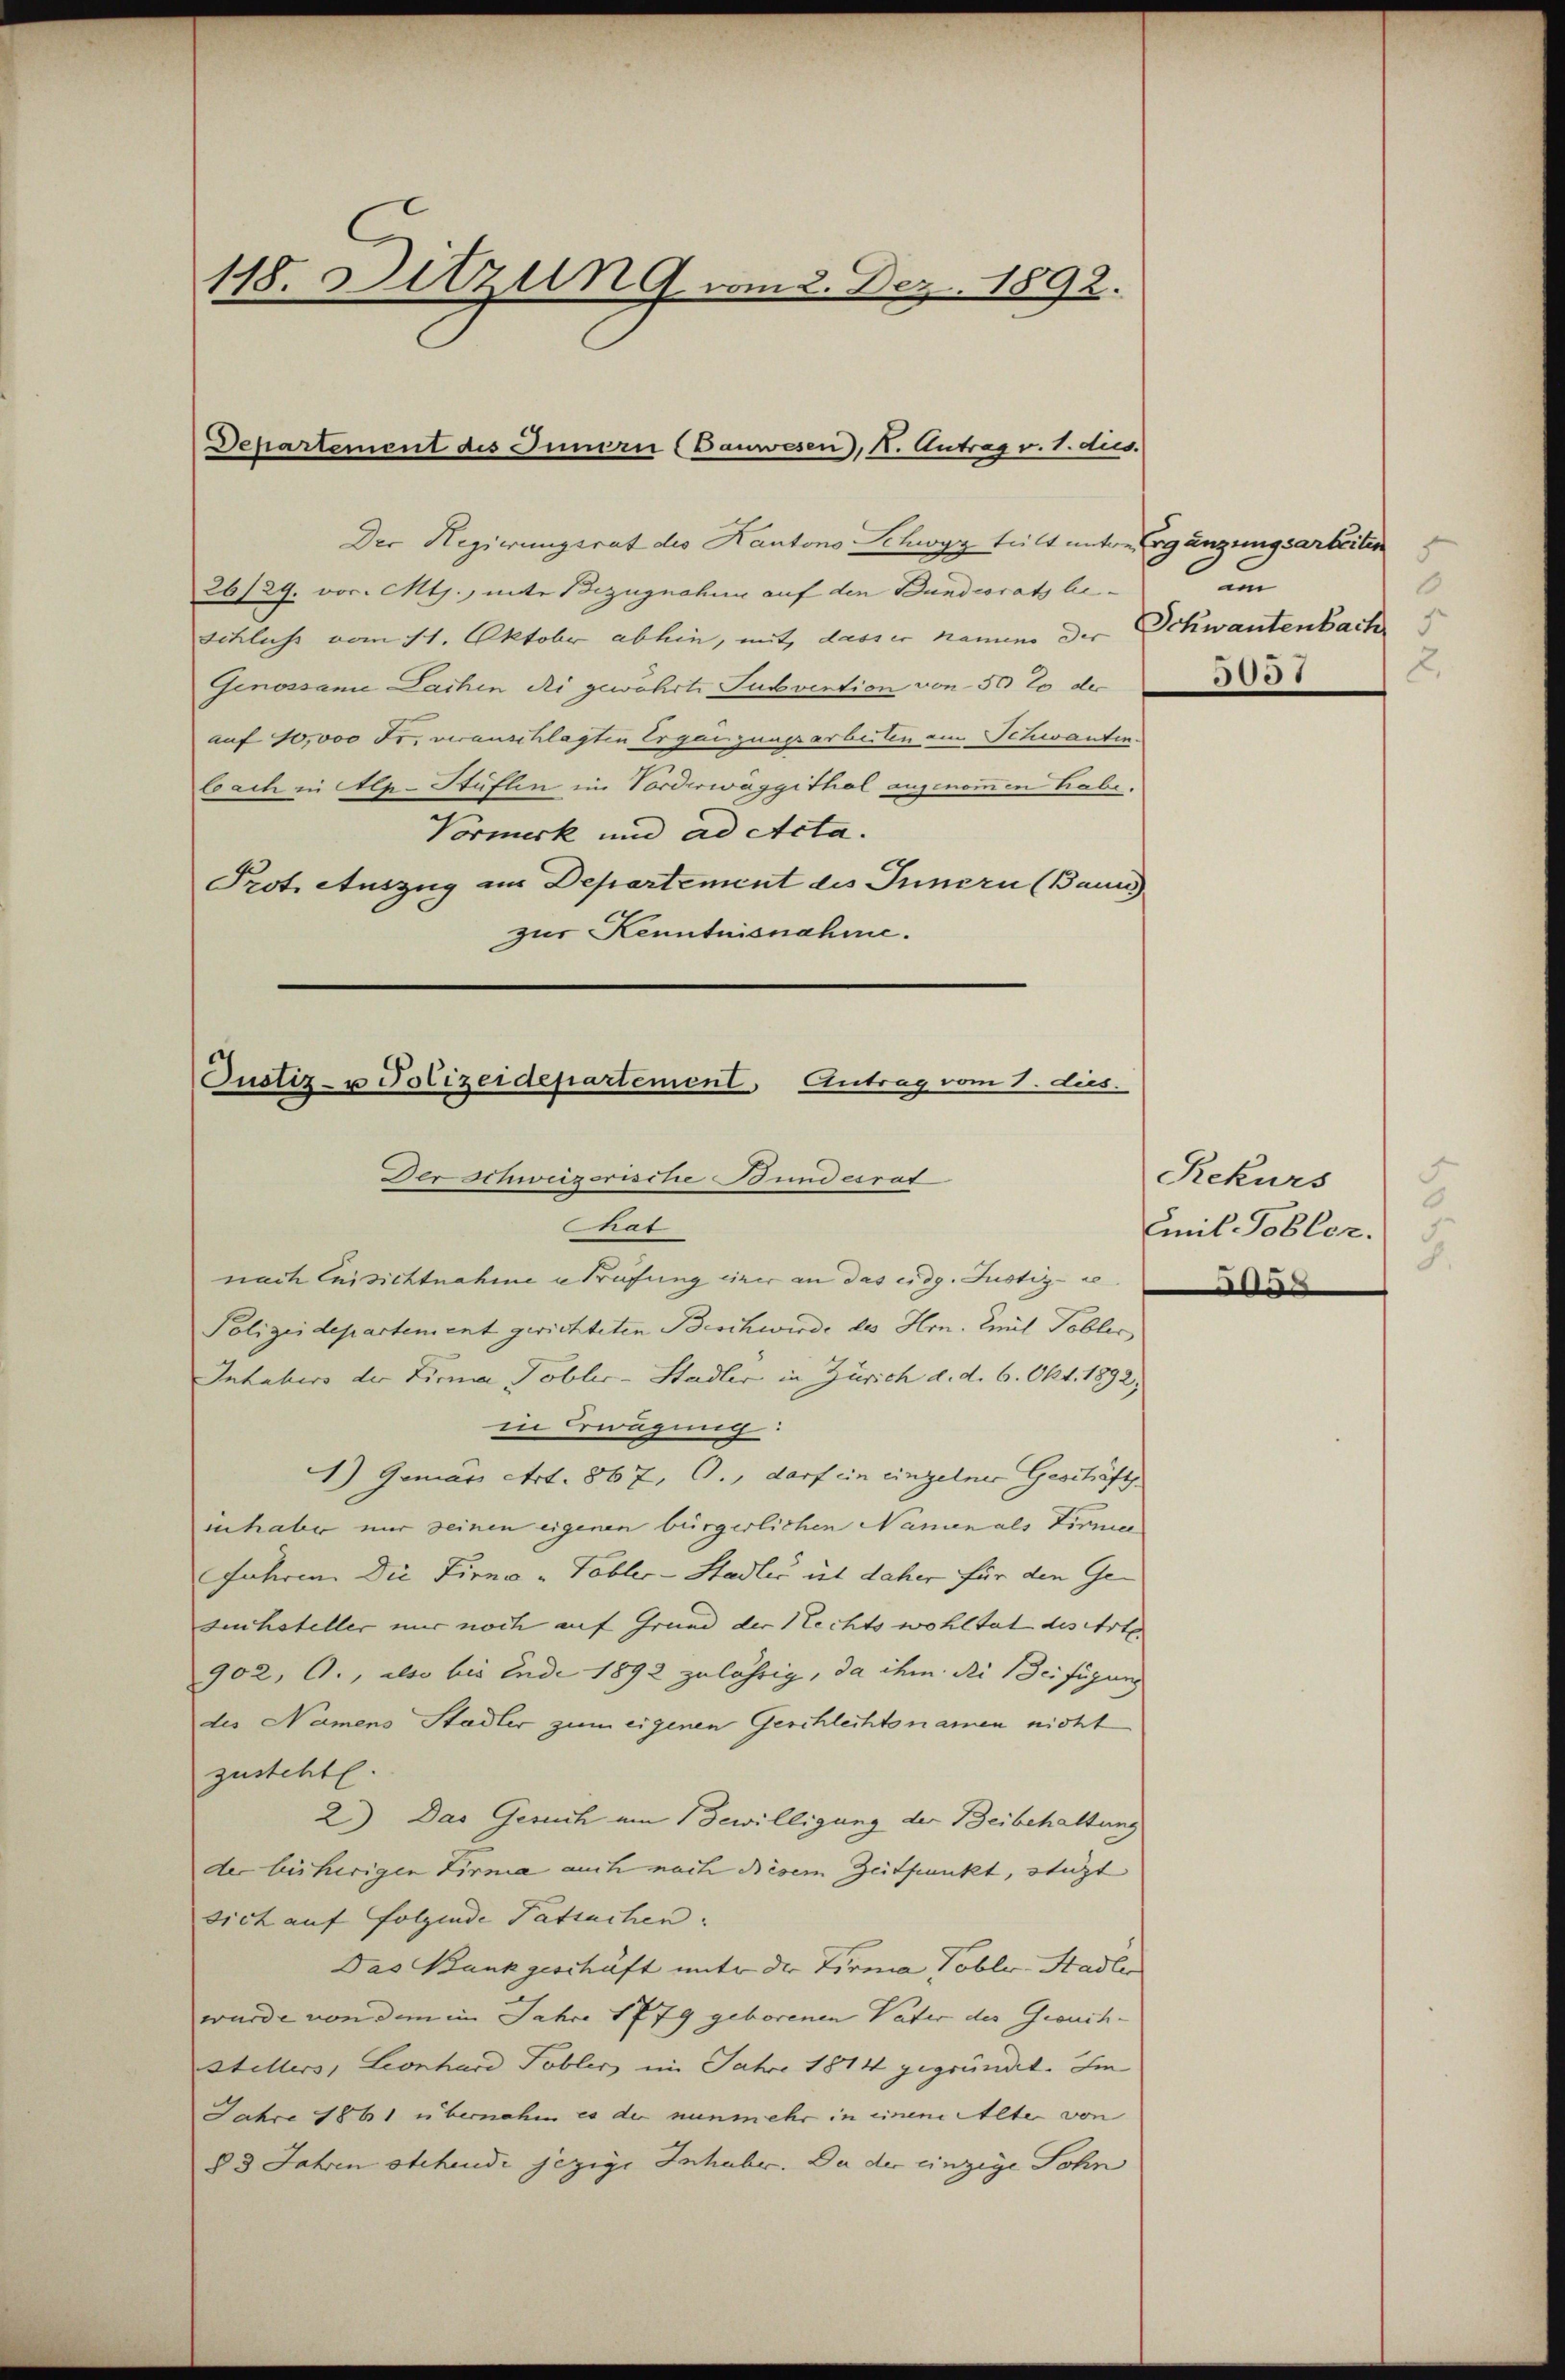
118. Sitzung vom 2. Dez. 1892.

Departement des Innern (Bauwesen), 1. Antrag v. 1. dus.

Der Regierungsrat des Kantons Schwyz teilt unter Ergänzungsarbeiten
26/29. vor. Mts., unte Bezugnahme auf den Bundesrats be¬
Schluss vom 11. Oktober abhin, mit, dass er namens der
Genossame Dachen Ri gewahrte Subvention von 50 lo der
auf 10,000 Fr. veranschlagten Ergänzungsarbeiten am Schwanten
bach in Alp-Stüflen im Vorderwäggithal angenommen habe.
Vormerk und ad Acta.
Prot. Auszug am Departement des Innern (Bauu
zur Kenntnisnahme.

Justiz- u Polizeidepartement Antrag vom 3. dies.
Der Schweizerische Bundesrat
That

nach Einsichtnahme a Prüfung einer an das eidg. Justiz- re
Polizeidepartement gerichteten Beschwirde des Hrn. Amit Tobler
Inhaber der Firma Tobler-Stadler in Zürich d. d. 6. Okt. 1892,
in Erwägung:
1) Gemar Art. 867, O., darf in einzelner Geschäft
in haber nur seinen eigenen bürgerlichen Namen als Firme
Jahren. Die Firna - Tobler-Stadler ist daher für den Gesuchsteller nur noch auf Grund der Rechts wohltat des Arte
902, G., also bis Ende 1892 zulährig, da ihm die Beifügung
des Namens Stadler zum eigenen Geschlechtsnamen nicht
zusteht.
2) Das Gesuch um Bewilligung der Beibehaltung
der bisherigen Firma auch nach diesem Zeitpunkt, stüzt
sich auf folgende Tatsachen.
Das Bankgeschäft unter der Firma Tobler-Stadler
wurde von dem im Jahre 1779 geborenen Vater des Gesuch-
Stellers, Leonhard Tobler, im Jahre 1814 gegründet. Im
Jahre 1861 übernahm es der nunmehr in einem Alter von
83 Jahren stehende jezige Inhabe. Da der einzige Sohn

5
m
6
Schwantenbach
2.
5001

Rekurs
5
Emil Tobler.
3.
s